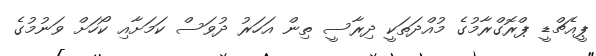
ޕީއެޗްޑީ ޕްރޮގްރާމުގެ މުއްދަތަކީ ދިރާސީ ތިން އަހަރު ދުވަސް ކަމަށާއި ކޯހަށް ވަނުމުގެ